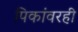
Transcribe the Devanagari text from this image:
पिकांवरही